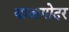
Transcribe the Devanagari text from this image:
याअगोदर